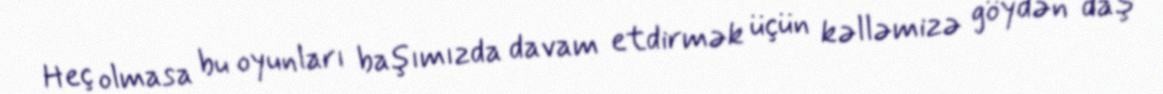
Heç olmasa bu oyunları başımızda davam etdirmək üçün kəlləmizə göydən daş